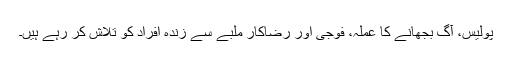
پولیس، آگ بجھانے کا عملہ، فوجی اور رضاکار ملبے سے زندہ افراد کو تلاش کر رہے ہیں۔